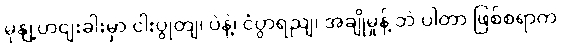
မုနျ့ဟငျးခါးမှာ ငါးပွုတျ၊ ပဲနဲ့၊ ငံပွာရညျ၊ အချိုမှုန့် ဘဲ ပါတာ ဖြစ်စရာက